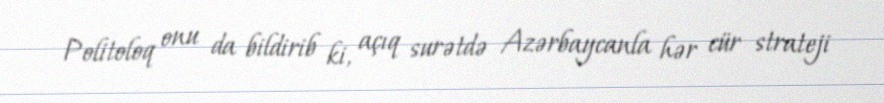
Politoloq onu da bildirib ki, açıq surətdə Azərbaycanla hər cür strateji